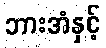
ဘားအံနှင့်